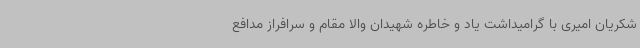
شکریان امیری با گرامیداشت یاد و خاطره شهیدان والا مقام و سرافراز مدافع